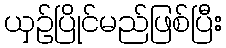
ယှဉ်ပြိုင်မည်ဖြစ်ပြီး